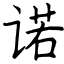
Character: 诺